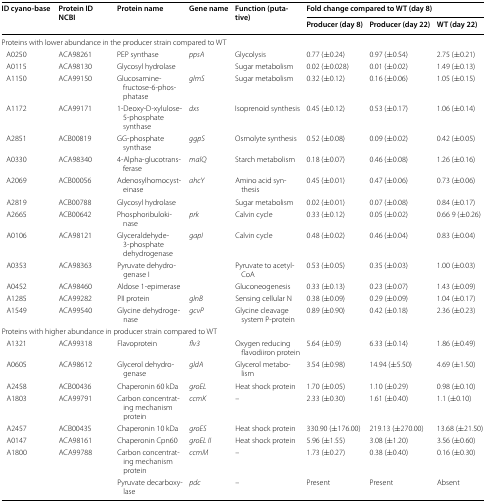
<table><thead><tr><td rowspan="2"><b>ID cyano-base</b></td><td rowspan="2"><b>Protein ID NCBI</b></td><td rowspan="2"><b>Protein name</b></td><td rowspan="2"><b>Gene name</b></td><td rowspan="2"><b>Function (putative)</b></td><td colspan="3"><b>Fold change compared to WT (day 8)</b></td></tr><tr><td><b>Producer (day 8)</b></td><td><b>Producer (day 22)</b></td><td><b>WT (day 22)</b></td></tr></thead><tbody><tr><td colspan="8">Proteins with lower abundance in the producer strain compared to WT</td></tr><tr><td> A0250</td><td>ACA98261</td><td>PEP synthase</td><td><i>ppsA</i></td><td>Glycolysis</td><td>0.77 (±0.24)</td><td>0.97 (±0.54)</td><td>2.75 (±0.21)</td></tr><tr><td> A0115</td><td>ACA98130</td><td>Glycosyl hydrolase</td><td></td><td>Sugar metabolism</td><td>0.02 (±0.028)</td><td>0.01 (±0.02)</td><td>1.49 (±0.13)</td></tr><tr><td> A1150</td><td>ACA99150</td><td>Glucosamine-fructose-6-phosphatase</td><td><i>glmS</i></td><td>Sugar metabolism</td><td>0.32 (±0.12)</td><td>0.16 (±0.06)</td><td>1.05 (±0.15)</td></tr><tr><td> A1172</td><td>ACA99171</td><td>1-Deoxy-D-xylulose-5-phosphate synthase</td><td><i>dxs</i></td><td>Isoprenoid synthesis</td><td>0.45 (±0.12)</td><td>0.53 (±0.17)</td><td>1.06 (±0.14)</td></tr><tr><td> A2851</td><td>ACB00819</td><td>GG-phosphate synthase</td><td><i>ggpS</i></td><td>Osmolyte synthesis</td><td>0.52 (±0.08)</td><td>0.09 (±0.02)</td><td>0.42 (±0.05)</td></tr><tr><td> A0330</td><td>ACA98340</td><td>4-Alpha-glucotransferase</td><td><i>malQ</i></td><td>Starch metabolism</td><td>0.18 (±0.07)</td><td>0.46 (±0.08)</td><td>1.26 (±0.16)</td></tr><tr><td> A2069</td><td>ACB00056</td><td>Adenosylhomocysteinase</td><td><i>ahcY</i></td><td>Amino acid synthesis</td><td>0.45 (±0.01)</td><td>0.47 (±0.06)</td><td>0.73 (±0.06)</td></tr><tr><td> A2819</td><td>ACB00788</td><td>Glycosyl hydrolase</td><td></td><td>Sugar metabolism</td><td>0.02 (±0.01)</td><td>0.07 (±0.08)</td><td>0.84 (±0.17)</td></tr><tr><td> A2665</td><td>ACB00642</td><td>Phosphoribulokinase</td><td><i>prk</i></td><td>Calvin cycle</td><td>0.33 (±0.12)</td><td>0.05 (±0.02)</td><td>0.66 9 (±0.26)</td></tr><tr><td> A0106</td><td>ACA98121</td><td>Glyceraldehyde-3-phosphate dehydrogenase</td><td><i>gapI</i></td><td>Calvin cycle</td><td>0.48 (±0.02)</td><td>0.46 (±0.04)</td><td>0.83 (±0.04)</td></tr><tr><td> A0353</td><td>ACA98363</td><td>Pyruvate dehydrogenase I</td><td></td><td>Pyruvate to acetylCoA</td><td>0.53 (±0.05)</td><td>0.35 (±0.03)</td><td>1.00 (±0.03)</td></tr><tr><td> A0452</td><td>ACA98460</td><td>Aldose 1-epimerase</td><td></td><td>Gluconeogenesis</td><td>0.33 (±0.13)</td><td>0.23 (±0.07)</td><td>1.43 (±0.09)</td></tr><tr><td> A1285</td><td>ACA99282</td><td>PII protein</td><td><i>glnB</i></td><td>Sensing cellular N</td><td>0.38 (±0.09)</td><td>0.29 (±0.09)</td><td>1.04 (±0.17)</td></tr><tr><td> A1549</td><td>ACA99540</td><td>Glycine dehydrogenase</td><td><i>gcvP</i></td><td>Glycine cleavage system P-protein</td><td>0.89 (±0.90)</td><td>0.42 (±0.18)</td><td>2.36 (±0.23)</td></tr><tr><td colspan="8">Proteins with higher abundance in producer strain compared to WT</td></tr><tr><td> A1321</td><td>ACA99318</td><td>Flavoprotein</td><td><i>flv3</i></td><td>Oxygen reducing flavodiiron protein</td><td>5.64 (±0.9)</td><td>6.33 (±0.14)</td><td>1.86 (±0.49)</td></tr><tr><td> A0605</td><td>ACA98612</td><td>Glycerol dehydrogenase</td><td><i>gldA</i></td><td>Glycerol metabolism</td><td>3.54 (±0.98)</td><td>14.94 (±5.50)</td><td>4.69 (±1.50)</td></tr><tr><td> A2458</td><td>ACB00436</td><td>Chaperonin 60 kDa</td><td><i>groEL</i></td><td>Heat shock protein</td><td>1.70 (±0.05)</td><td>1.10 (±0.29)</td><td>0.98 (±0.10)</td></tr><tr><td> A1803</td><td>ACA99791</td><td>Carbon concentrating mechanism protein</td><td><i>ccmK</i></td><td>–</td><td>2.33 (±0.30)</td><td>1.61 (±0.40)</td><td>1.1 (±0.10)</td></tr><tr><td> A2457</td><td>ACB00435</td><td>Chaperonin 10 kDa</td><td><i>groES</i></td><td>Heat shock protein</td><td>330.90 (±176.00)</td><td>219.13 (±270.00)</td><td>13.68 (±21.50)</td></tr><tr><td> A0147</td><td>ACA98161</td><td>Chaperonin Cpn60</td><td><i>groEL II</i></td><td>Heat shock protein</td><td>5.96 (±1.55)</td><td>3.08 (±1.20)</td><td>3.56 (±0.60)</td></tr><tr><td> A1800</td><td>ACA99788</td><td>Carbon concentrating mechanism protein</td><td><i>ccmM</i></td><td>–</td><td>1.73 (±0.27)</td><td>0.38 (±0.40)</td><td>0.16 (±0.30)</td></tr><tr><td></td><td></td><td>Pyruvate decarboxylase</td><td><i>pdc</i></td><td>–</td><td>Present</td><td>Present</td><td>Absent</td></tr></tbody></table>